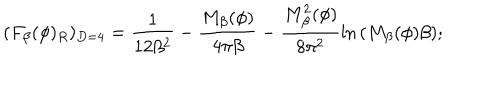
LaTeX: ( F _ { \beta } ( \phi ) _ { R } ) _ { D = 4 } = \frac { 1 } { 1 2 \beta ^ { 2 } } - \frac { M _ { \beta } ( \phi ) } { 4 \pi \beta } - \frac { M _ { \beta } ^ { 2 } ( \phi ) } { 8 \pi ^ { 2 } } \ln { ( M _ { \beta } ( \phi ) \beta ) } ;